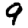
Digit: 9